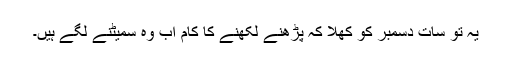
یہ تو سات دسمبر کو کھلا کہ پڑھنے لکھنے کا کام اب وہ سمیٹنے لگے ہیں۔